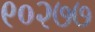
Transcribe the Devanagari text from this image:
९०२७७